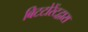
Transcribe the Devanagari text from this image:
बिटटोरेंटद्वारा